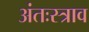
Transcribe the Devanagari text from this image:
अंतःस्त्राव